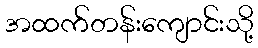
အထက်တန်းကျောင်းသို့